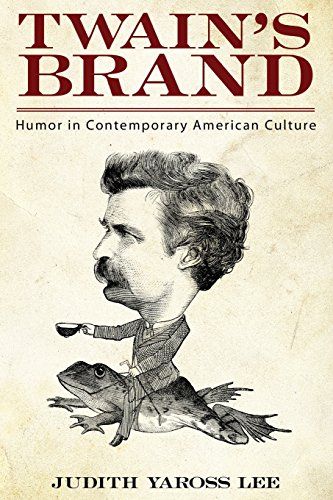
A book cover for Twain's Brand: Humor in Contemporary American Culture; Judith Yaross Lee; Humor & Entertainment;